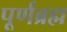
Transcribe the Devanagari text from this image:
पूर्णब्रह्म